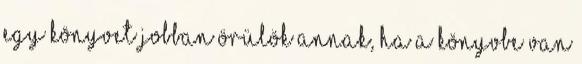
egy könyvet jobban örülök annak, ha a könyvbe van